Civil Veterinary Dept. North-West Frontier Province 1933-46 - 1933-1946
Year: 1933
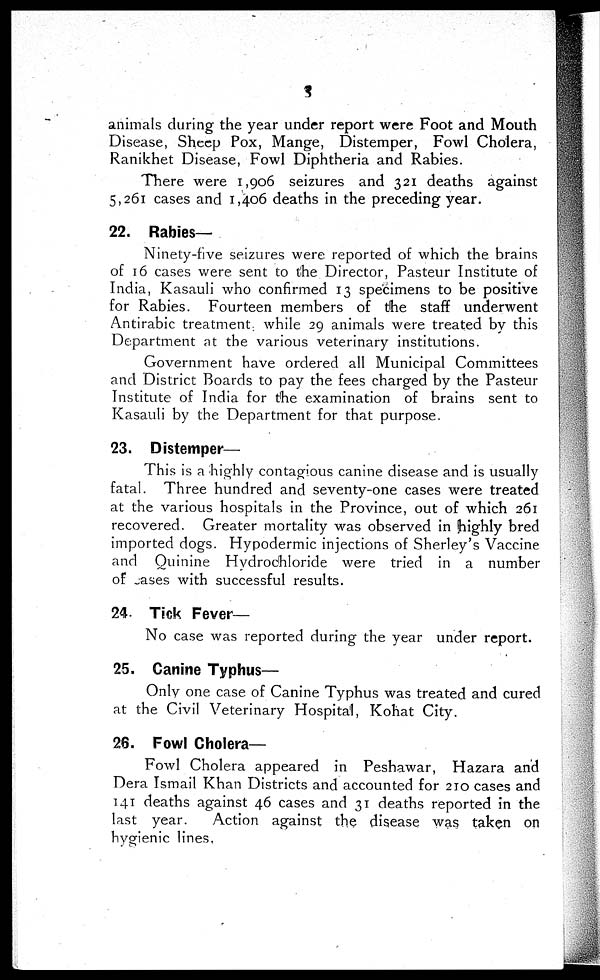
3
animals during the year under report were Foot and Mouth
Disease, Sheep Pox, Mange, Distemper, Fowl Cholera,
Ranikhet Disease, Fowl Diphtheria and Rabies.
There were 1,906 seizures and 321 deaths against
5,261 cases and 1,406 deaths in the preceding year.
22. Rabies—
Ninety-five seizures were reported of which the brains
of 16 cases were sent to the Director, Pasteur Institute of
India, Kasauli who confirmed 13 specimens to be positive
for Rabies. Fourteen members of the staff underwent
Antirabic treatment, while 29 animals were treated by this
Department at the various veterinary institutions.
Government have ordered all Municipal Committees
and District Boards to pay the fees charged by the Pasteur
Institute of India for the examination of brains sent to
Kasauli by the Department for that purpose.
23. Distemper—
This is a highly contagious canine disease and is usually
fatal. Three hundred and seventy-one cases were treated
at the various hospitals in the Province, out of which 261
recovered. Greater mortality was observed in highly bred
imported dogs. Hypodermic injections of Sherley's Vaccine
and Quinine Hydrochloride were tried in a number
of cases with successful results.
24. Tick Fever—
No case was reported during the year under report.
25. Canine Typhus—
Only one case of Canine Typhus was treated and cured
at the Civil Veterinary Hospital, Kohat City.
26. Fowl Cholera-
Fowl Cholera appeared in Peshawar, Hazara and
Dera Ismail Khan Districts and accounted for 210 cases and
141 deaths against 46 cases and 31 deaths reported in the
last year.
Action against the disease was taken on
hygienic lines.